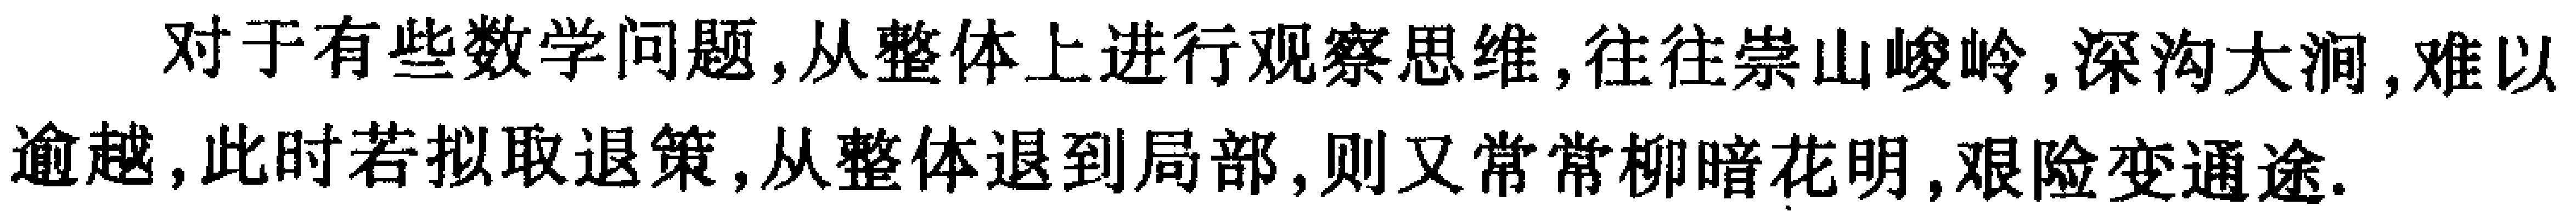
对于有些数学问题,从整体上进行观察思维,往往崇山峻岭,深沟大涧,难以逾越,此时若拟取退策,从整体退到局部,则又常常柳暗花明,艰险变通途.